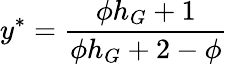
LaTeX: y^{*}=\frac{\phi h_{G}+1}{\phi h_{G}+2-\phi}